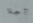
آجلا